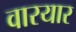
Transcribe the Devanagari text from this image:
वारयार